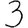
Digit: 3